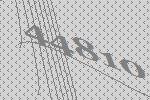
44810